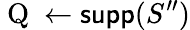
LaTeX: \mathrm{~Q~}\gets\textsf{supp}(S^{\prime\prime})